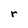
Character: r